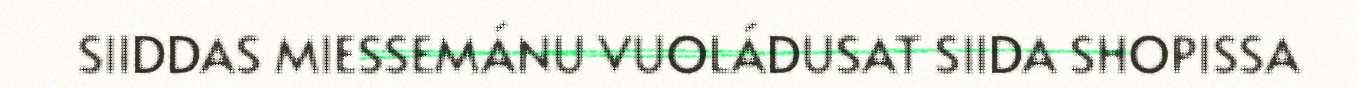
SIIDDAS MIESSEMÁNU VUOLÁDUSAT SIIDA SHOPISSA